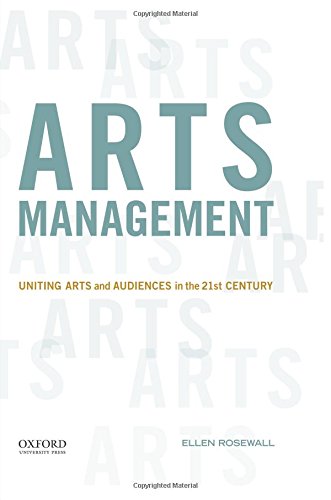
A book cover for Arts Management: Uniting Arts and Audiences in the 21st Century; Ellen Rosewall; Arts & Photography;